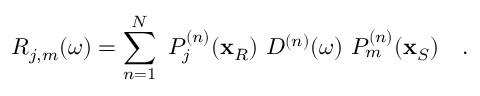
R _ { j , m } ( \omega ) = \sum _ { n = 1 } ^ { N } \, \, P _ { j } ^ { ( n ) } ( \mathbf { x } _ { R } ) \, \, D ^ { ( n ) } ( \omega ) \, \, P _ { m } ^ { ( n ) } ( \mathbf { x } _ { S } ) \ \ \ .